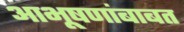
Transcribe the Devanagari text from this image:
आभूषणांबाबत